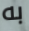
به